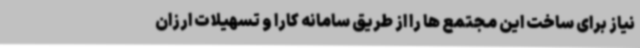
نیاز برای ساخت این مجتمع ها را از طریق سامانه کارا و تسهیلات ارزان